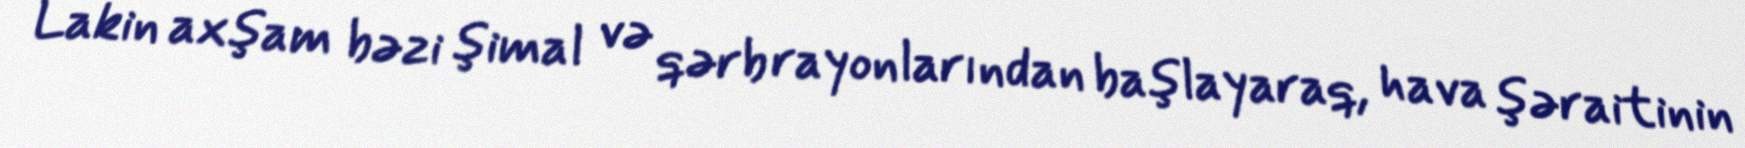
Lakin axşam bəzi şimal və qərb rayonlarından başlayaraq, hava şəraitinin